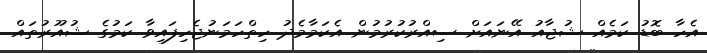
އެހާ ބޮޑު ކަމެއް ޝުޖާއު އޭނައަށް ސިއްރުކުރުމުން އެކަމާމެދު ހިތްހަމަނުޖެހިފައިވާ ކަމުގެ ޝުއޫރުތައް